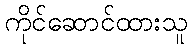
ကိုင်ဆောင်ထားသူ